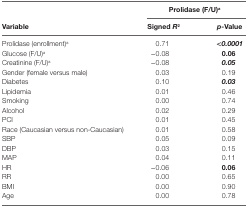
|  | <COLSPAN=2> Prolidase (F/U)a |
 | Variable | Signed R2 | p-Value |
 | --- | --- | --- |
 | Prolidase (enrollment)a | 0.71 | <0.0001 |
 | Glucose (F/U)a | −0.08 | 0.06 |
 | Creatinine (F/U)a | −0.08 | 0.05 |
 | Gender (female versus male) | 0.03 | 0.19 |
 | Diabetes | 0.10 | 0.03 |
 | Lipidemia | 0.01 | 0.46 |
 | Smoking | 0.00 | 0.74 |
 | Alcohol | 0.02 | 0.29 |
 | PCI | 0.01 | 0.45 |
 | Race (Caucasian versus non-Caucasian) | 0.01 | 0.58 |
 | SBP | 0.05 | 0.09 |
 | DBP | 0.03 | 0.15 |
 | MAP | 0.04 | 0.11 |
 | HR | −0.06 | 0.06 |
 | RR | 0.00 | 0.65 |
 | BMI | 0.00 | 0.90 |
 | Age | 0.00 | 0.78 |